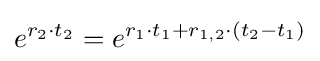
e^{r_{2}\cdot t_{2}}=e^{r_{1}\cdot t_{1}+r_{1,2}\cdot \left(t_{2}-t_{1}\right)}